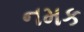
નમક